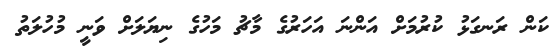
ކަން ރަނގަޅު ކުރުމަށް އަންނަ އަހަރުގެ މާޗު މަހުގެ ނިޔަލަށް ވަނީ މުހުލަތު